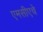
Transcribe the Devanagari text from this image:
एमसीएचे